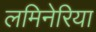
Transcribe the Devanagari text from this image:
लमिनेरिया